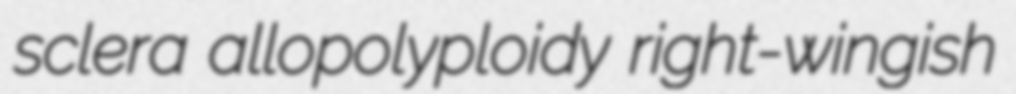
sclera allopolyploidy right-wingish